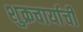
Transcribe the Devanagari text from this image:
शुक्रचार्याची